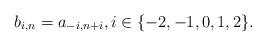
LaTeX: \begin{align*}b_{i,n}=a_{-i,n+i}, i\in\{-2,-1,0,1,2\}.\end{align*}